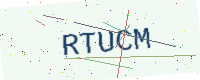
Text: RTUCM